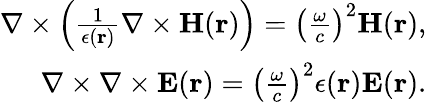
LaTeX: \begin{array}{r}{\nabla\times\left(\frac{1}{\epsilon({\mathbf r})}\nabla\times{\mathbf H}({\mathbf r})\right)=\left(\frac{\omega}{c}\right)^{2}{\mathbf H}({\mathbf r}),}\\ {\nabla\times\nabla\times{\mathbf E}({\mathbf r})=\left(\frac{\omega}{c}\right)^{2}\epsilon({\mathbf r}){\mathbf E}({\mathbf r}).}\end{array}